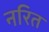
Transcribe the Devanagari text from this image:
नरित